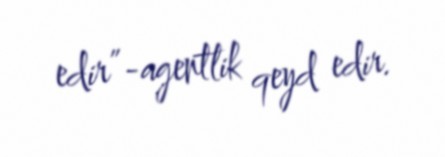
edir”-agentlik qeyd edir.